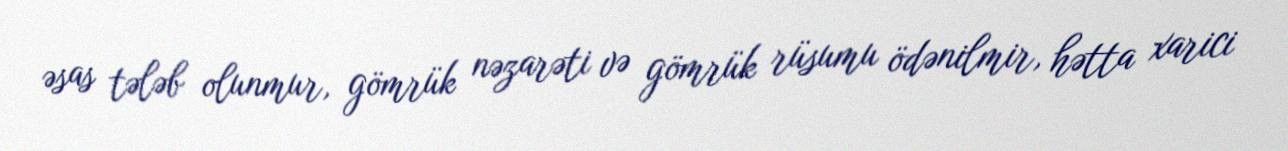
əsas tələb olunmur, gömrük nəzarəti və gömrük rüsumu ödənilmir, hətta xarici